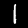
Label: 1